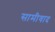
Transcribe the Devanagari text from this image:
सामीवाद